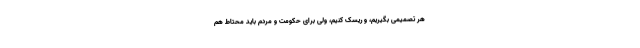
هر تصمیمی بگیریم، و ریسک کنیم، ولی برای حکومت و مردم باید محتاط هم